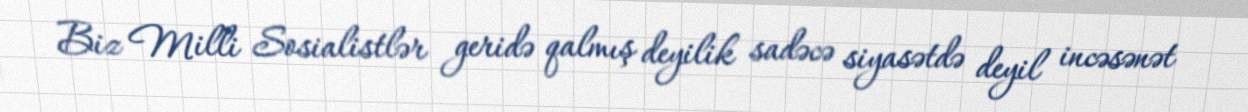
Biz Milli Sosialistlər geridə qalmış deyilik sadəcə siyasətdə deyil incəsənət